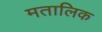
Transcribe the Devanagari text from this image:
मतालिक